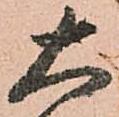
大